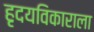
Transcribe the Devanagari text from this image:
हृदयविकाराला